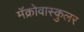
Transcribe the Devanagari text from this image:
मॅक्रोवास्कुलर